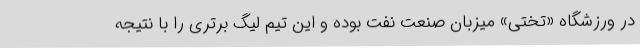
در ورزشگاه «تختی» میزبان صنعت نفت بوده و این تیم لیگ برتری را با نتیجه